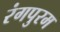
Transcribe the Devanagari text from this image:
रंगपुरम